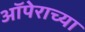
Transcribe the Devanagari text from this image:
ऑपेराच्या